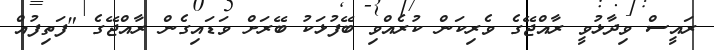
ރައީސް ވިދާޅުވީ ރާއްޖޭގެ ވެރިކަން ކުރެއްވި ބޭފުޅަކު ބޭރަށް ވަޑައިގެން ރާއްޖޭގެ "ފަތިފުއް